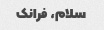
سلام، فرانک